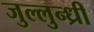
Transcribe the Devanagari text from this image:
जुल्लुन्ध्री